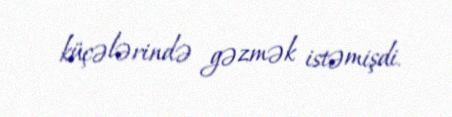
küçələrində gəzmək istəmişdi.